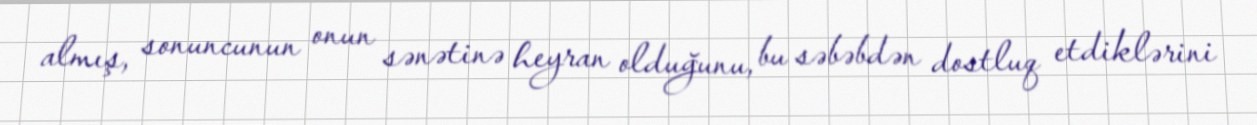
almış, sonuncunun onun sənətinə heyran olduğunu, bu səbəbdən dostluq etdiklərini